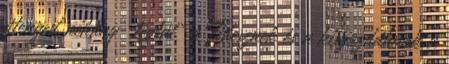
átenged néhány „téglát” a Fidesznek és a kisgazdáknak a